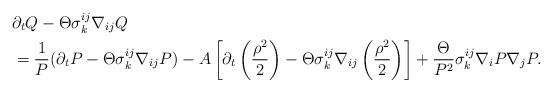
LaTeX: \begin{align*}&\partial_{t}Q-\Theta\sigma^{ij}_{k}\nabla_{ij}Q\\&=\frac{1}{P}(\partial_{t}P-\Theta\sigma^{ij}_{k}\nabla_{ij}P)-A\left[\partial_{t}\left(\frac{\rho^{2}}{2}\right)-\Theta\sigma^{ij}_{k}\nabla_{ij}\left(\frac{\rho^{2}}{2}\right)\right]+\frac{\Theta}{P^{2}}\sigma^{ij}_{k}\nabla_{i}P\nabla_{j}P.\end{align*}